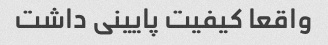
واقعا کیفیت پایینی داشت